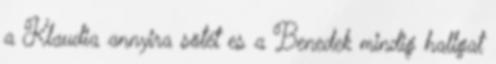
a Klaudia annyira sötét es a Benedek mindig hallgat